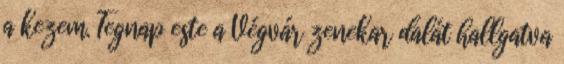
a kezem. Tegnap este a Végvár zenekar dalát hallgatva